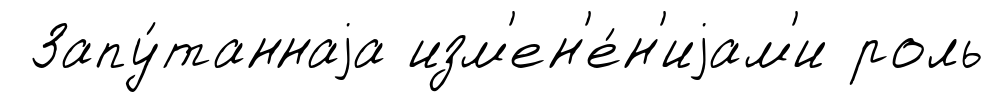
Запу́таннаjа изм'ен'е́н'иjам'и роль